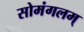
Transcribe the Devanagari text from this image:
सोमंगलम्